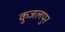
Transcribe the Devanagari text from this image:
कुजलपुर